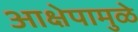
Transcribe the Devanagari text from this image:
आक्षेपामुळे